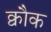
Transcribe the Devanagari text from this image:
क्वौक